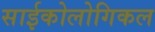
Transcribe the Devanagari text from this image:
साईकोलोगिकल